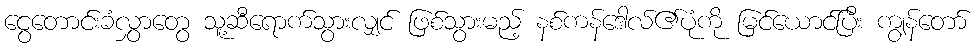
ငွေတောင်းခံလွှာတွေ သူ့ဆီရောက်သွားလျှင် ဖြစ်သွားမည့် နစ်ကန်ဒေါလ်၏ပုံကို မြင်ယောင်ပြီး ကျွန်တော်